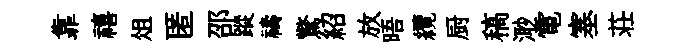
靠禧俎匿邵蹤禱驚紹放晤纜厨稿𣺌電塞荘